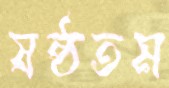
ষষ্ঠতম